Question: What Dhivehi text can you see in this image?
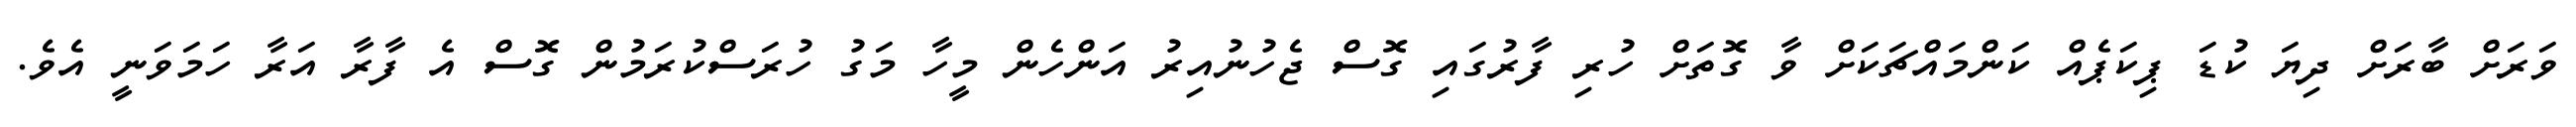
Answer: ވަރަށް ބާރަށް ދިޔަ ކުޑަ ޕިކަޕެއް ކަންމައްޗަކަށް ވާ ގޮތަށް ހުރި ފާރުގައި ގޮސް ޖެހުނުއިރު އަންހެން މީހާ މަގު ހުރަސްކުރަމުން ގޮސް އެ ފާރާ އަރާ ހަމަވަނީ އެވެ.